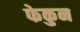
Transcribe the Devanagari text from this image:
फेकुन